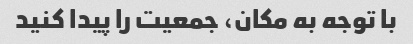
با توجه به مکان، جمعیت را پیدا کنید